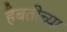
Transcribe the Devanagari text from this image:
हैबतीच्या